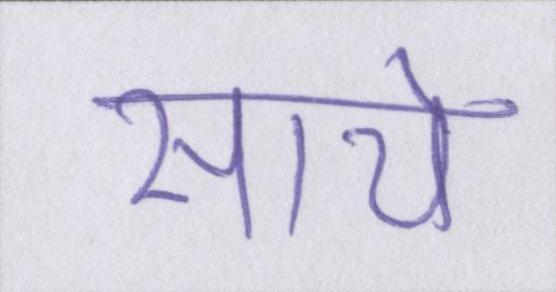
साये